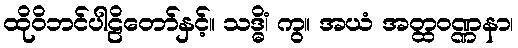
ထိုဝိဘင်ပါဠိတော်နှင့်။ သဒ္ဓိံ၊ ကွ။ အယံ အတ္ထဝဏ္ဏနာ၊